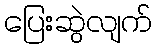
ပြေးဆွဲလျက်